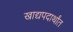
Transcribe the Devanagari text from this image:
खाद्यपदार्थांत